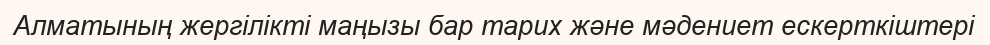
Алматының жергілікті маңызы бар тарих және мәдениет ескерткіштері